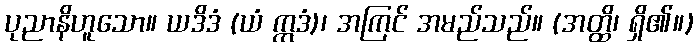
ပုညာနိဟူသော။ ယဒိဒံ (ယံ ဣဒံ)၊ အကြင် အမည်သည်။ (အတ္ထိ၊ ရှိ၏။)